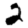
Digit: 2